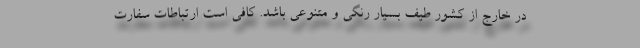
در خارج از کشور طیف بسیار رنگی و متنوعی باشد. کافی است ارتباطات سفارت